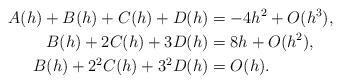
LaTeX: \begin{align*}A(h) + B(h) + C(h) + D(h) &= -4h^2 + O(h^3),\\ B(h) + 2C(h) + 3D(h) &= 8h + O(h^2),\;\\ B(h) + 2^2C(h) + 3^2D(h) &= O(h).\end{align*}